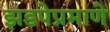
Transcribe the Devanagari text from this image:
झडपेप्रमाणे